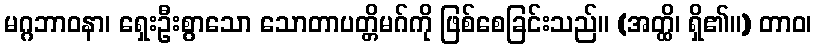
မဂ္ဂဘာဝနာ၊ ရှေးဦးစွာသော သောတာပတ္တိမဂ်ကို ဖြစ်စေခြင်းသည်။ (အတ္ထိ၊ ရှိ၏။) တာဝ၊